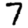
Digit: 7